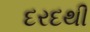
દરદથી